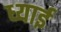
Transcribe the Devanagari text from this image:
ध्याई